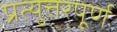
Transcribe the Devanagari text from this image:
प्रत्युत्तरपूर्ण